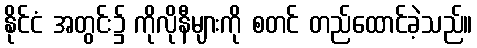
နိုင်ငံ အတွင်း၌ ကိုလိုနီများကို စတင် တည်ထောင်ခဲ့သည်။